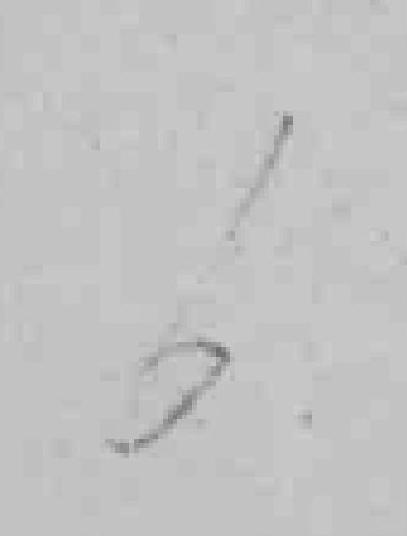
6